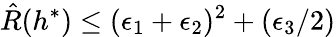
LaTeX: \hat{R}(h^{*})\leq(\epsilon_{1}+\epsilon_{2})^{2}+(\epsilon_{3}/2)